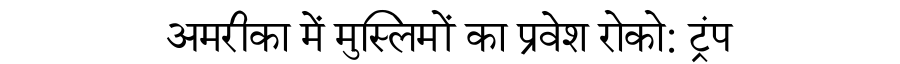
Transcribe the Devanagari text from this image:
अमरीका में मुस्लिमों का प्रवेश रोको: ट्रंप